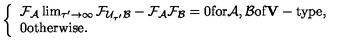
\left\{ \begin{array} { l } { { \cal F _ { A } } \lim _ { \tau ^ { \prime } \rightarrow \infty } { \cal F } _ { { \cal U } _ { \tau ^ { \prime } } { \cal B } } - { \cal F _ { A } F _ { B } } = 0 \mathrm { f o r } { \cal A , B } \mathrm { o f { \bf V } - t y p e } , } \\ { 0 \mathrm { o t h e r w i s e } . } \\ \end{array} \right.